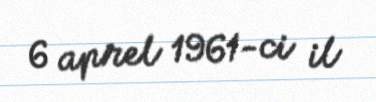
6 aprel 1961-ci il